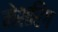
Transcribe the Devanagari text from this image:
मेशरिंग